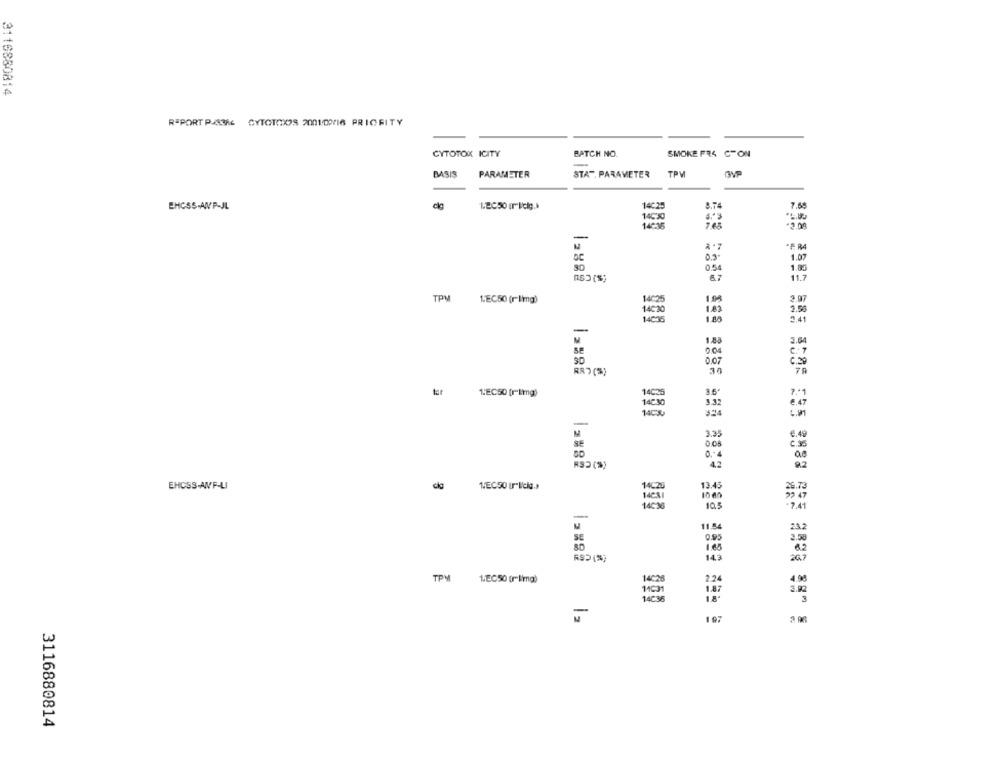
3116880814
REPORT P43AL CYTOTOXOS 2001/00/16 PRIORITY
CYTOTOK ICITY
BATCH NO.
SMOKE FR4 CTON
BASIS
PARAMETER
STAT, PARAMETER
TPW
8.74
7.69
EHCSS-ANP-JL
14:25
765
.F R4
03
1.07
0.54
1.85
6.7
11.7
TPM
1 08
3.07
1.EC50 (r-limg)
14-30
1.83
2.5
1.05
2.41
-
M
1.88
3.64
004
C. 7
3D
0.07
6.39
30
3.6.
1.EC50 [r-img)
3.32
3.35
€.49
C.35
0. 4
as
RS2 (%)
42
82
EHCSS-AMP-LI
do
1.EC50 Ur"licia.»
13.45
26.73
10.5
-7.41
M
11.54
SE
9.95
3.50
1.68
267
TPM
1.EC50 (r limg)
197
3116880814